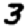
Digit: 3